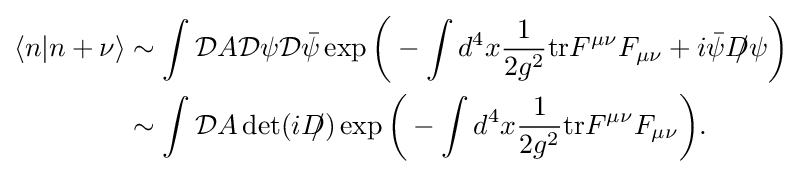
{\begin{aligned}\langle n|n+\nu \rangle &\sim \int {\mathcal {D}}A{\mathcal {D}}\psi {\mathcal {D}}{\bar {\psi }}\exp {\bigg (}-\int d^{4}x{\frac {1}{2g^{2}}}{\text{tr}}F^{\mu \nu }F_{\mu \nu }+i{\bar {\psi }}{D\!\!\!/}\psi {\bigg )}\\&\sim \int {\mathcal {D}}A\det(i{D\!\!\!/})\exp {\bigg (}-\int d^{4}x{\frac {1}{2g^{2}}}{\text{tr}}F^{\mu \nu }F_{\mu \nu }{\bigg )}.\end{aligned}}